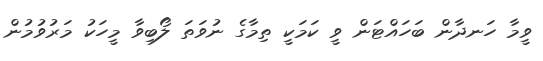
ވީމާ ހަނދާން ބަހައްޓަން ވީ ކަމަކީ ތިމާގެ ނުވަތަ ލޯބިވާ މީހަކު މަރުވުމުން